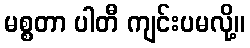
မစ္စတာ ပါတီ ကျင်းပမလို့။